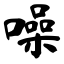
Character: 噪